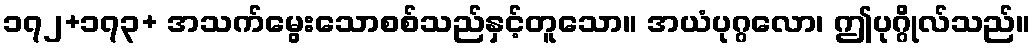
၁၇၂+၁၇၃+ အသက်မွေးသောစစ်သည်နှင့်တူသော။ အယံပုဂ္ဂလော၊ ဤပုဂ္ဂိုလ်သည်။